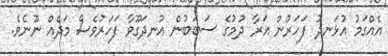
އެއްގަމު އުޅަނދު ފަހަރުން އަރާ ދުމުގެ ސަބަބުން އުނދަގޫވާ ފަހަރުވެސް މަދެއް ނޫނެވެ.